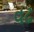
વઢ